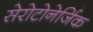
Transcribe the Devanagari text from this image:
सेरोटोनेर्जिक